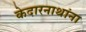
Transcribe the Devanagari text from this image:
केदारनाथांना